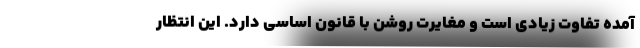
آمده تفاوت زیادی است و مغایرت روشن با قانون اساسی دارد. این انتظار